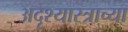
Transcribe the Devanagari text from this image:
अदृश्यास्त्राच्या